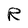
Character: R